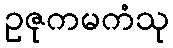
ဥဇုကမကံသု